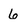
Character: 6